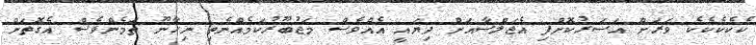
ކެކެކެކެކެ ވަރަށް އަސަރުކޮށްފި އެޖަލްސާއަށް ދިޔައީ އެއްވެސް މަޖުބޫރުކަމެއްނެތި ނިހާނޫ ތަމެންވެސް އެގޮތަށް